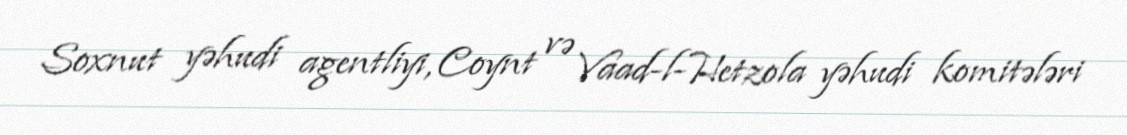
Soxnut yəhudi agentliyi, Coynt və Vaad-l-Hetzola yəhudi komitələri